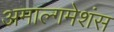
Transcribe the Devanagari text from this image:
अमाल्गमेशंस